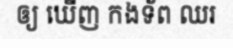
ឲ្យ ឃើញ កងទ័ព ឈរ